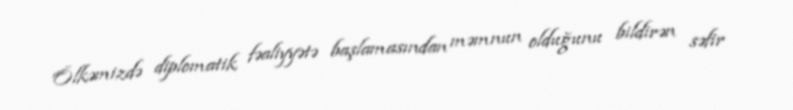
Ölkəmizdə diplomatik fəaliyyətə başlamasından məmnun olduğunu bildirən səfir